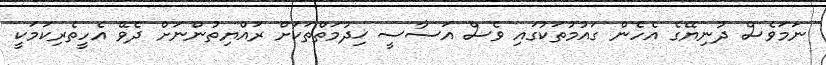
ނަމަވެސް ދުނިޔޭގެ އެހެން ގައުމުތަކުގައި ވެސް އަސާސީ ޚިދުމަތްތަކަށް ރައްޔިތުންނަށް ދެވޭ އެހީތެރިކަމަކީ